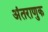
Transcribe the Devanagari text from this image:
अंतराणुक